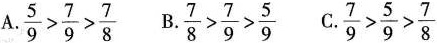
A.\frac{5}{9}> \frac{7}{9}> \frac{7}{8} B.\frac{7}{8}> \frac{7}{9}> \frac{5}{9}C.\frac{7}{9}> \frac{5}{9}> \frac{7}{8}